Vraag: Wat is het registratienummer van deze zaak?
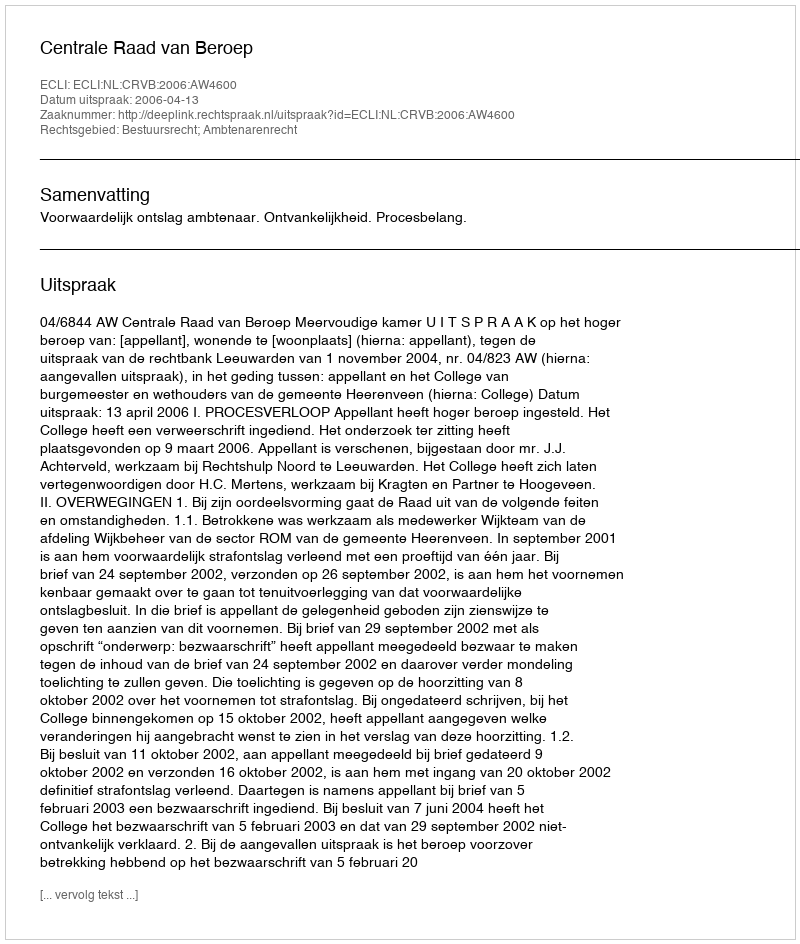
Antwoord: http://deeplink.rechtspraak.nl/uitspraak?id=ECLI:NL:CRVB:2006:AW4600